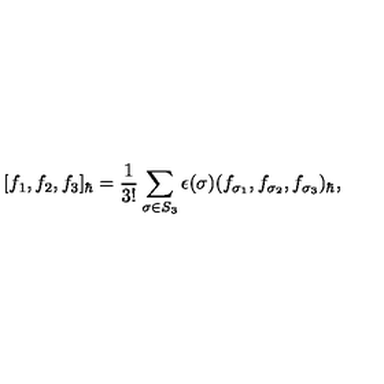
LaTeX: [ f _ { 1 } , f _ { 2 } , f _ { 3 } ] _ { \hbar } = \frac { 1 } { 3 ! } \sum _ { \sigma \in S _ { 3 } } \epsilon ( \sigma ) ( f _ { \sigma _ { 1 } } , f _ { \sigma _ { 2 } } , f _ { \sigma _ { 3 } } ) _ { \hbar } ,